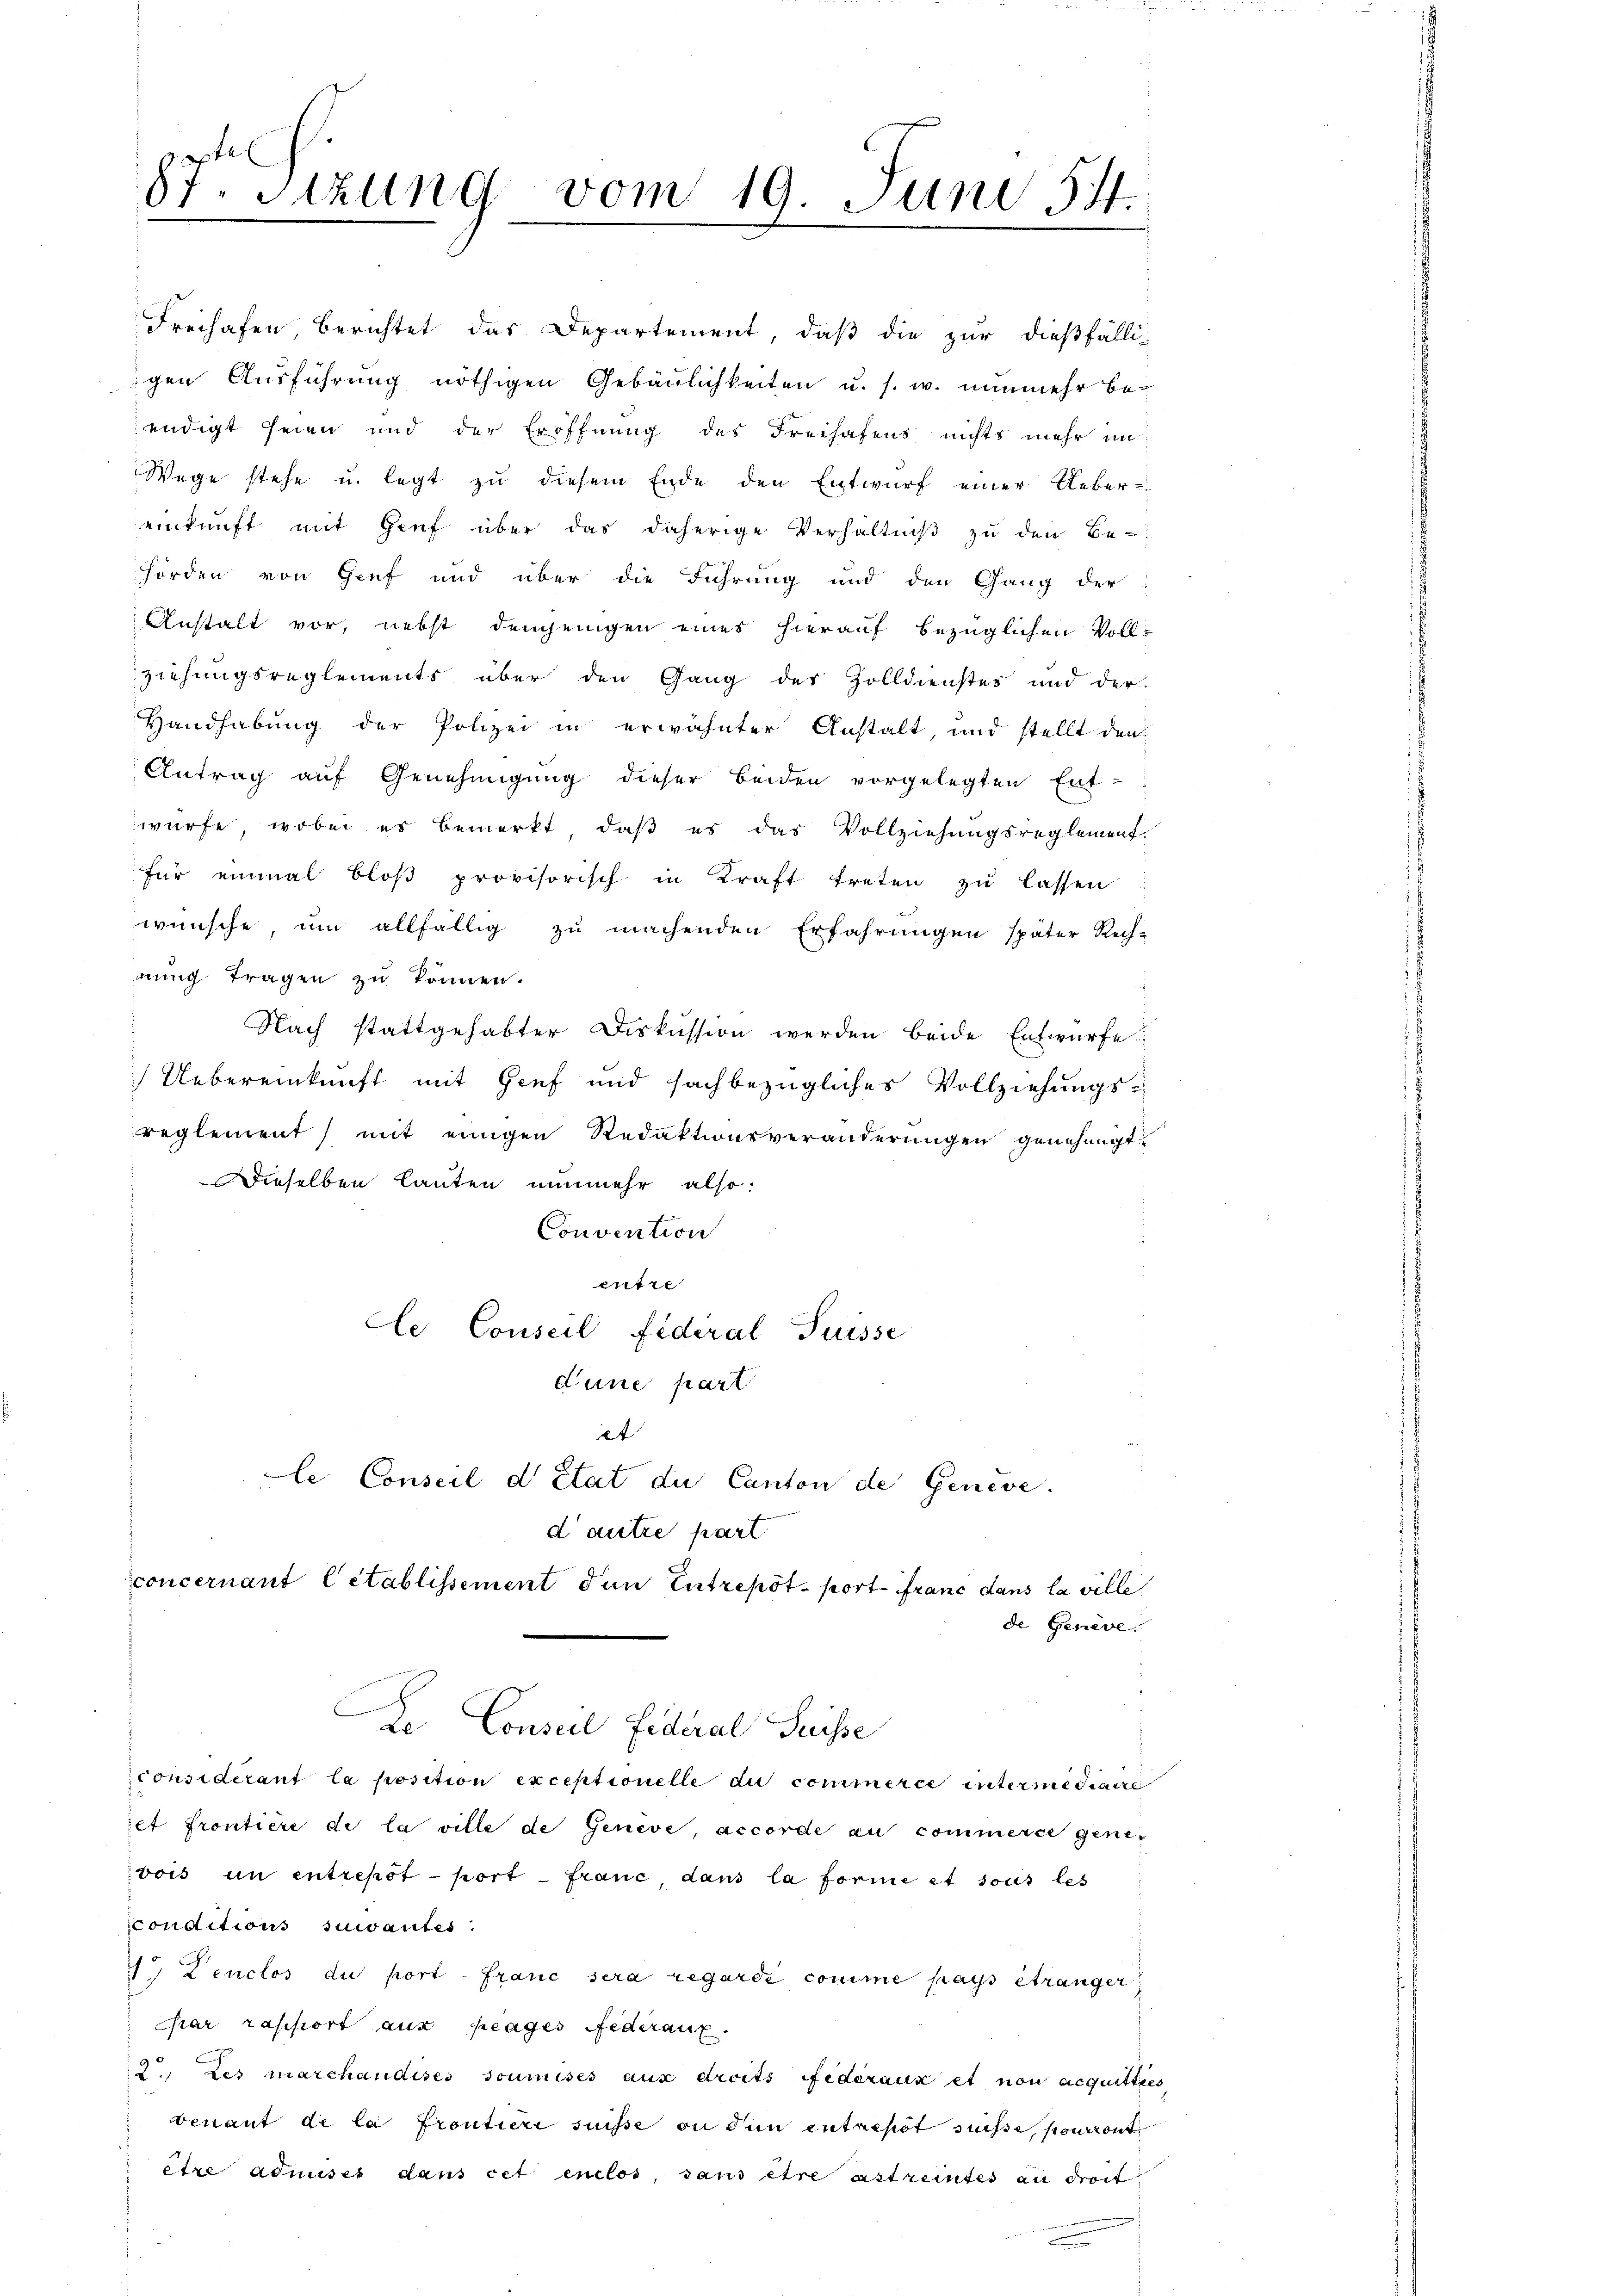
87. Sitzung vom 19. Juni 154.

Wege stehe u. legt zu diesem Ende den Entwurf einer Uebereinkunft mit Genf über das daherige Verhältniβ zŭ den Be-
hörden von Genf und über die Führung und den Gang der
Anstalt vor, nebst demjenigen eines hierauf bezüglichen Vollziehungsreglements über den Gang des Zolldienstes und der
Handhabung der Polizei in erwähnter Anstalt, und stellt den
Antrag auf Genehmigung dieser Beiden vorgelegten Ent-
würfe, wobei es bemerkt, daß es das Vollziehungsreglement.
für einmal bloβ provisorisch in Kraft treten zŭ lassen:
wünsche, um allfällig zu machenden Erfahrungen später Rech-
nung Tragen zu können.
Nach stattgehabter Diskussion werden beide Entwurfe
Uebereinkunft mit Genf und sachbezügliches Vollziehungsreglement mit einigen Redaktionsveränderungen genehmigt.
dieselben lauten nunmehr also:
Convention
entre
le Conseil Federal Suisse
dune part
it
le Conseil d’Etat du Canton de Geneve
d autre part
concernant Citablissement den Entrepot port franc dans la ville
de Geneve.
De Conseil Federal Suisse
considerant la position exceptionelle du commerce intermediaire
iet frontiere de la ville de Geneve, accordé au commerce gene-
vois in entrepot port franc, dans la forme et sous les
conditions suivantes:
1. Lenclos du port - franc sera regarsi comme pays étranger
har raschiert aus frages Federanz
2, des marchaudises soumises aux droits Ffédéraux et non acquitties
benant de la froutieri suisse ou den entrepot süsse, sonaont
être admises dans cet entlos, sans être astreintes an droit

Freihafen, berichtet das Departement, daß die zur dießfälli-
igen Ausführung nöthigen Gebäulichkeiten u. s. w. nunmehr beendigt seien und der Eröffnung des Freihafens nichts mehr in